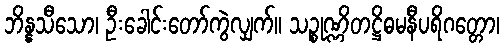
ဘိန္နသီသော၊ ဦးခေါင်းတော်ကွဲလျှက်။ သဉ္စုဏ္ဏိတဋ္ဌိဓမနီပရိဂတ္တော၊